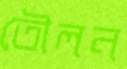
তৌলন